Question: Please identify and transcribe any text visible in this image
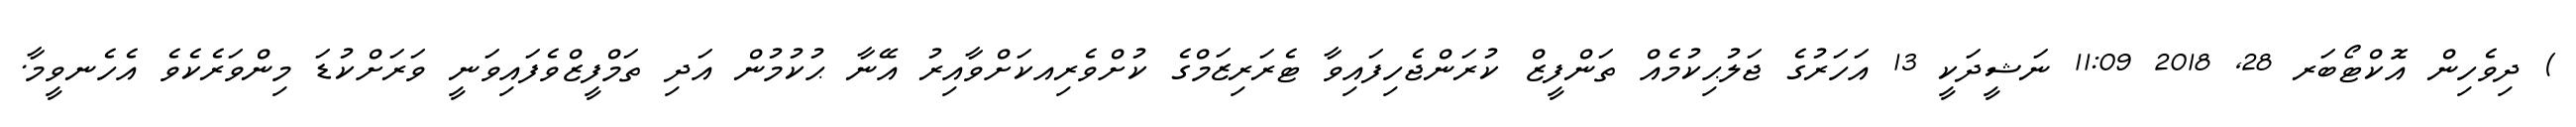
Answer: ) ދިވެހިން އޮކްޓޯބަރ 28, 2018 11:09 ނަޝީދަކީ 13 އަހަރުގެ ޖަލުޙިކުމެއް ތަންފީޒް ކުރަންޖެހިފައިވާ ޓެރަރިޒަމްގެ ކުށްވެރިއކަށްވާއިރު އޭނާ ޙުކުމުން އަދި ތަމްފީޒްވެފައިވަނީ ވަރަށްކުޑަ މިންވަރެކެވެ އެހެނވީމާ.